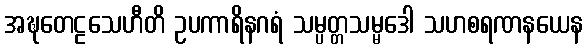
အဍ္ဎတေဠသေဟီတိ ဥပကာရိနဂရံ သမ္ပတ္တသမ္မဒေါ သဟစရဏနယေန